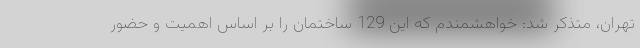
تهران، متذکر شد: خواهشمندم که این 129 ساختمان را بر اساس اهمیت و حضور